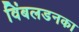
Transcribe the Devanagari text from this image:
विंबलडनका